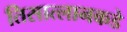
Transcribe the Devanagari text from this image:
तिसात्लानकडे